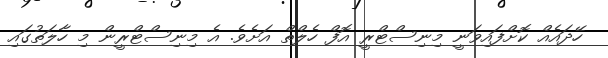
ހޭދައެއް ކޮށްފައިވަނީ މިނިސްޓްރީ އޮފް ހެލްތް އަށެވެ. އެ މިނިސްޓްރީން މި ހާލަތުގައި